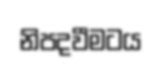
නිපදවීමටය